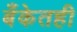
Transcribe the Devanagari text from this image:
बँकेतही